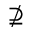
\nsupseteq